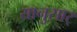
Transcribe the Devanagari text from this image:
यानुसार्